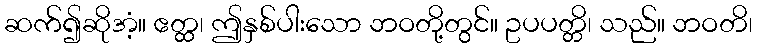
ဆက်၍ဆိုအံ့။ ဧတ္ထ၊ ဤနှစ်ပါးသော ဘဝတို့တွင်။ ဥပပတ္တိ၊ သည်။ ဘဝတိ၊